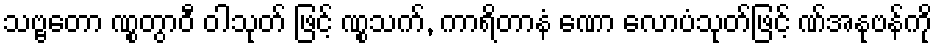
သဗ္ဗတော ဏွုတွာဝီ ဝါသုတ် ဖြင့် ဏွုသက်, ကာရိတာနံ ဏော လောပံသုတ်ဖြင့် ဏ်အနုဗန်ကို